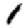
Digit: 1